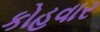
કોહવાર